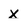
Character: x